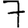
Digit: 7